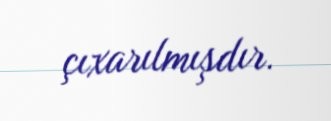
çıxarılmışdır.